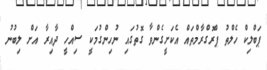
ޕަބްލިކް ހެލްތު ޕްރޮގްރާމްތައް އެކަށީގެންވާ ގޮތުގައި ނުހިންގުމަކީ ސިއްހީ ދާއިރާ އަށް ލިބުނު